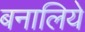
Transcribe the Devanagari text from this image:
बनालिये